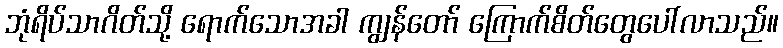
ဘုံရိပ်သာဂိတ်သို့ ရောက်သောအခါ ကျွန်တော် ကြောက်စိတ်တွေပေါ်လာသည်။